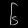
Digit: ၆